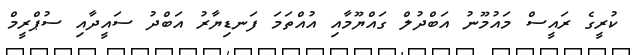
ކުރީގެ ރައީސް މައުމޫނު އަބްދުލް ގައްޔޫމާއި އުއްތަމަ ފަނޑިޔާރު އަބްދު ސައީދާއި ސުޕްރީމް